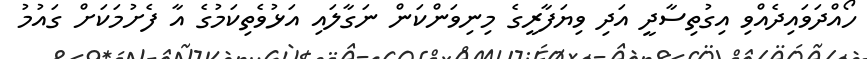
ހޯއްދަވައިދެއްވި އިގުތިސާދީ އަދި ވިޔަފާރީގެ މިނިވަންކަން ނަގާލައި އަޅުވެތިކަމުގެ އާ ފެށުމަކަށް ގައުމު